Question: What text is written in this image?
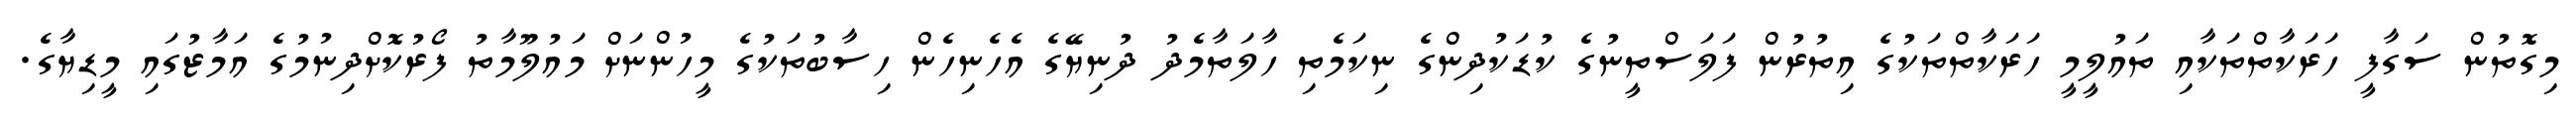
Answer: މިގޮތުން ސަގާފީ ހަރަކާތްތަކާއި ތައުލީމީ ހަރަކާތްތަކުގެ އިތުރުން ފަލަސްތީނުގެ ކުޑަކުދިންގެ ނިކަމެތި ހާލަތާމެދު ދުނިޔޭގެ އެހެނިހެން ހިސާބުތަކުގެ މީހުންނަށް މައުލޫމާތު ފޯރުކޮށްދިނުމުގެ އަމާޒުގައި މީޑިޔާގެ.